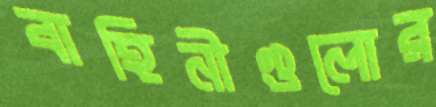
বাহিনীগুলোর